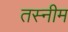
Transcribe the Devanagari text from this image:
तस्नीम